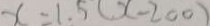
x = 1 . 5 ( x - 2 0 0 )